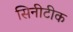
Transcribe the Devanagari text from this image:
सिनीटीक